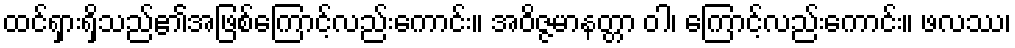
ထင်ရှားရှိသည်၏အဖြစ်ကြောင့်လည်းကောင်း။ အဝိဇ္ဇမာနတ္တာ ဝါ၊ ကြောင့်လည်းကောင်း။ ဖလဿ၊